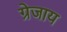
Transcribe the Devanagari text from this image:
ग्रेजाय